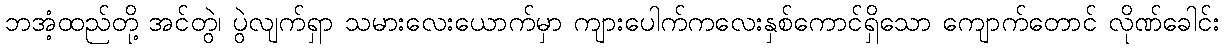
ဘအံ့ထည်တို့ အင်တွဲ၊ ပွဲလျက်ရှာ သမားလေးယောက်မှာ ကျားပေါက်ကလေးနှစ်ကောင်ရှိသော ကျောက်တောင် လိုဏ်ခေါင်း